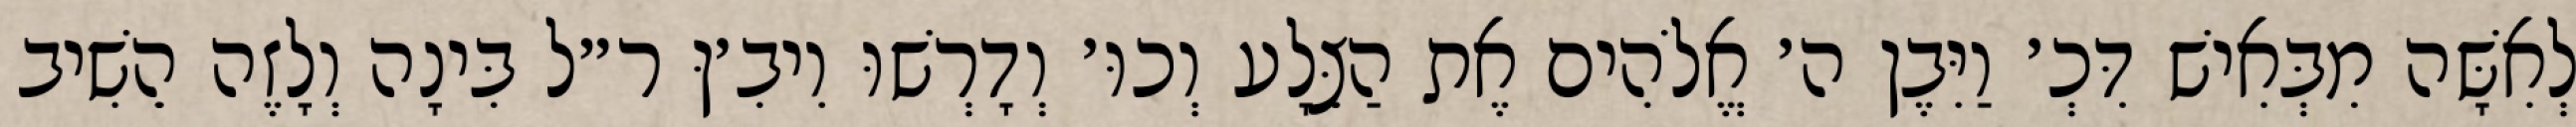
לְאִשָּׁה מִבְּאִישׁ דִּכְ׳ וַיִּבֶן ה׳ אֱלֹהִים אֶת הַצֵּלָע וְכוּ׳ וְדָרְשׁוּ וִיבִ׳ןּ ר״ל בִּינָה וְלָזֶה הֵשִׁיב